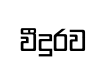
වීදුරව